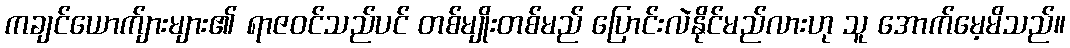
ကချင်ယောက်ျားများ၏ ရာဇဝင်သည်ပင် တစ်မျိုးတစ်မည် ပြောင်းလဲနိုင်မည်လားဟု သူ အောက်မေ့မိသည်။